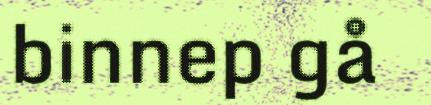
binnep gå